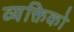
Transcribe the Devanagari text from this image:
व्यक्तिको